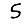
Digit: 5